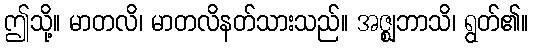
ဤသို့။ မာတလိ၊ မာတလိနတ်သားသည်။ အဇ္ဈဘာသိ၊ ရွတ်၏။